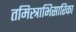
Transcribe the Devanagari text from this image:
तमिस्त्राभिसारिका